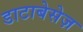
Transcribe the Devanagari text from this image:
डाटाबेसेज़